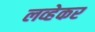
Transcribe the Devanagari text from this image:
लव्हेकर